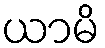
ယာမိ